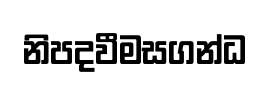
නිපදවීමසගන්ධ